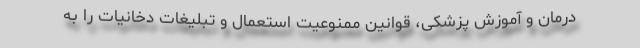
درمان و آموزش پزشکی، قوانین ممنوعیت استعمال و تبلیغات دخانیات را به